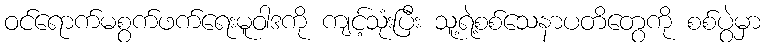
ဝင်ရောက်မစွက်ဖက်ရေးမူဝါဒကို ကျင့်သုံးပြီး သူ့ရဲ့စစ်သေနာပတိတွေကို စစ်ပွဲမှာ